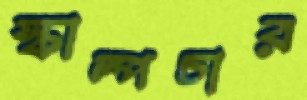
স্কাল্পচার